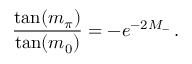
\frac { \tan ( m _ { \pi } ) } { \tan ( m _ { 0 } ) } = - e ^ { - 2 M _ { - } } \, .